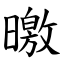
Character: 曒